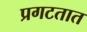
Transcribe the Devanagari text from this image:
प्रगटतात